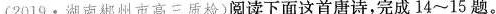
(2019 · 湖南郴州市高三质检)阅读下面这首唐诗，完成14~15题。